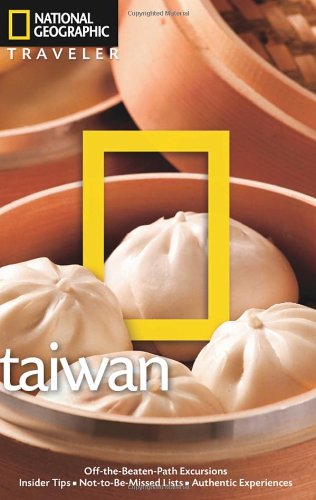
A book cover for National Geographic Traveler: Taiwan, 3rd edition; Phil Macdonald; Travel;